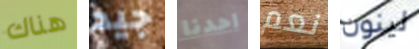
هناك جيد احدنا نعم لينون